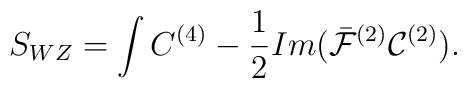
S_{WZ} = \int C^{(4)} - \frac{1}{2}Im(\bar{\cal F}^{(2)} {\cal C}^{(2)}) .